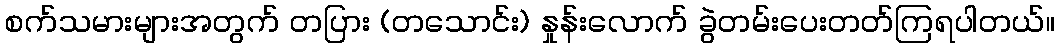
စက်သမားများအတွက် တပြား (တသောင်း) နှုန်းလောက် ခွဲတမ်းပေးတတ်ကြရပါတယ်။